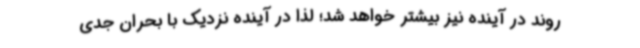
روند در آینده نیز بیشتر خواهد شد؛ لذا در آینده نزدیک با بحران جدی